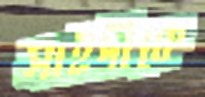
সাইদীকে